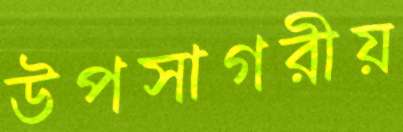
উপসাগরীয়